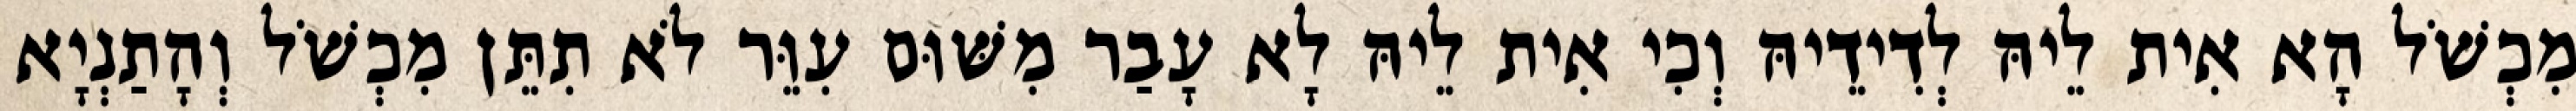
מִכְשֹׁל הָא אִית לֵיהּ לְדִידֵיהּ וְכִי אִית לֵיהּ לָא עָבַר מִשּׁוּם עִוֵּר לֹא תִתֵּן מִכְשֹׁל וְהָתַנְיָא